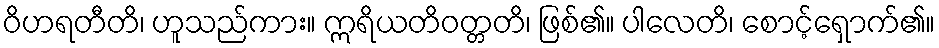
ဝိဟရတီတိ၊ ဟူသည်ကား။ ဣရိယတိဝတ္တတိ၊ ဖြစ်၏။ ပါလေတိ၊ စောင့်ရှောက်၏။